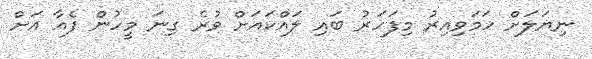
ނިޔަލަށް ހަމަވިއިރު މިފަހަރު ބައި ލައްކައަށް ވުރެ ގިނަ މީހުން ފެއާ އަށް